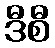
ဒီစီ